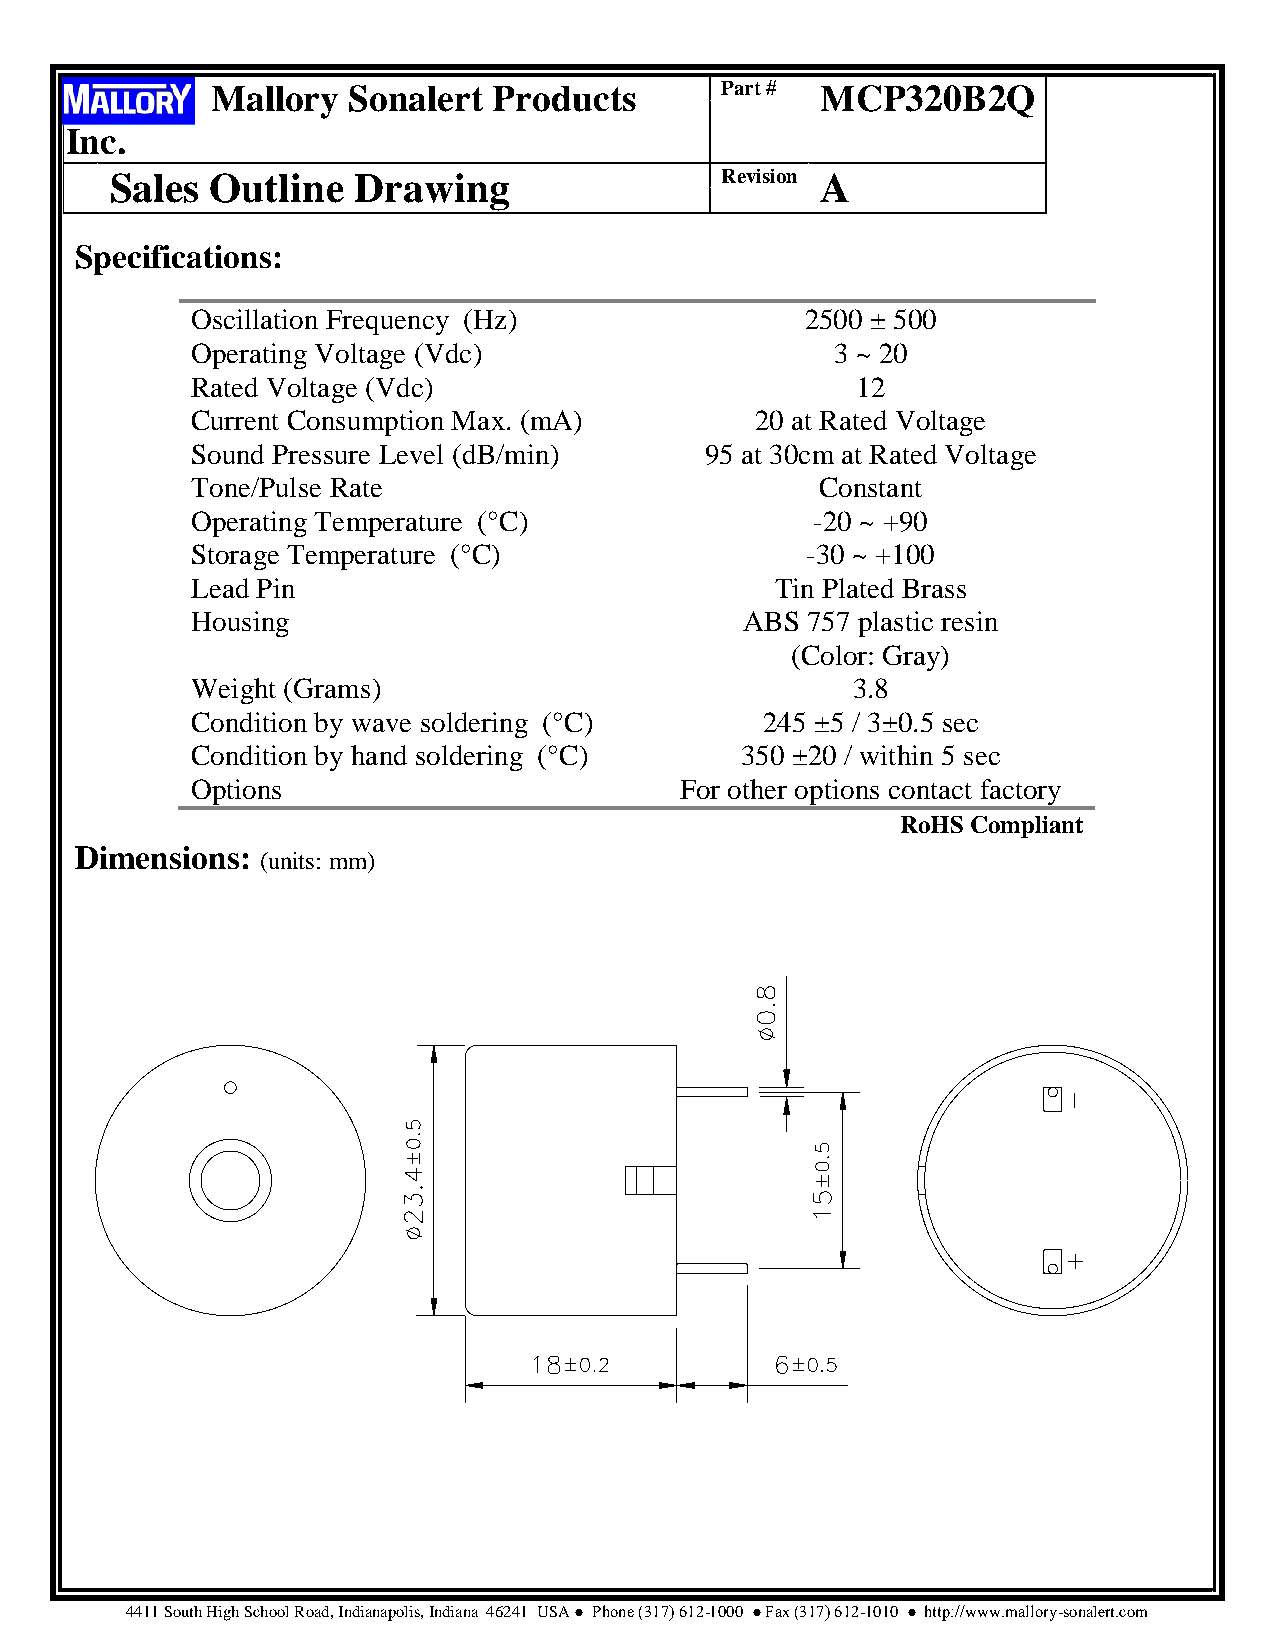
Mallory  Sonalert  Products       Part # MCP320B2Q
 Inc.
 Sales  Outline  Drawing                  Revision A
 Specifications:
 Oscillation Frequency (Hz)              2500 ± 500
 Operating Voltage (Vdc)                   3 ~ 20
 Rated Voltage (Vdc)                         12
 Current Consumption Max. (mA)        20 at Rated Voltage
 Sound Pressure Level (dB/min)     95 at 30cm at Rated Voltage
 Tone/Pulse Rate                          Constant
 Operating Temperature (°C)               -20 ~ +90
 Storage Temperature (°C)                -30 ~ +100
 Lead Pin                              Tin Plated Brass
 Housing                             ABS 757 plastic resin
 (Color: Gray)
 Weight (Grams)                             3.8
 Condition by wave soldering (°C)      245 ±5 / 3±0.5 sec
 Condition by hand soldering (°C)    350 ±20 / within 5 sec
 Options                         For other options contact factory
 RoHS Compliant
 Dimensions:
 (units: mm)
 4411 South High School Road, Indianapolis, Indiana 46241 USA ● Phone (317) 612-1000 ● Fax (317) 612-1010 ● http://www.mallory-sonalert.com